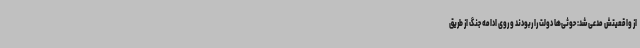
از واقعیتش مدعی شد: حوثی‌ها دولت را ربودند و روی ادامه جنگ از طریق